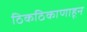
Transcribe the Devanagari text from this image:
ठिकठिकाणाहून